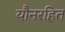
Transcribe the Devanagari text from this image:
यौनरहित